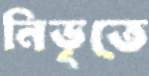
নিভৃতে